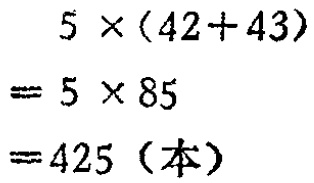
\[
\begin{align*}
&5\times(42 + 43)\\
=&5\times85\\
=&425(\text{本})
\end{align*}
\]